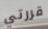
قررتي